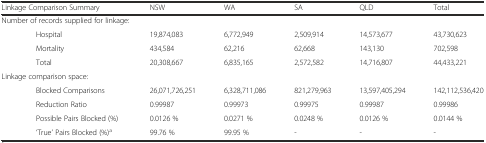
<table><thead><tr><td colspan="2"><b>Linkage Comparison Summary</b></td><td><b>NSW</b></td><td><b>WA</b></td><td><b>SA</b></td><td><b>QLD</b></td><td><b>Total</b></td></tr></thead><tbody><tr><td colspan="3">Number of records supplied for linkage:</td><td></td><td></td><td></td><td></td></tr><tr><td></td><td>Hospital</td><td>19,874,083</td><td>6,772,949</td><td>2,509,914</td><td>14,573,677</td><td>43,730,623</td></tr><tr><td></td><td>Mortality</td><td>434,584</td><td>62,216</td><td>62,668</td><td>143,130</td><td>702,598</td></tr><tr><td></td><td>Total</td><td>20,308,667</td><td>6,835,165</td><td>2,572,582</td><td>14,716,807</td><td>44,433,221</td></tr><tr><td colspan="2">Linkage comparison space:</td><td></td><td></td><td></td><td></td><td></td></tr><tr><td></td><td>Blocked Comparisons</td><td>26,071,726,251</td><td>6,328,711,086</td><td>821,279,963</td><td>13,597,405,294</td><td>142,112,536,420</td></tr><tr><td></td><td>Reduction Ratio</td><td>0.99987</td><td>0.99973</td><td>0.99975</td><td>0.99987</td><td>0.99986</td></tr><tr><td></td><td>Possible Pairs Blocked (%)</td><td>0.0126 %</td><td>0.0271 %</td><td>0.0248 %</td><td>0.0126 %</td><td>0.0144 %</td></tr><tr><td></td><td>‘True’ Pairs Blocked (%)<sup>a</sup></td><td>99.76 %</td><td>99.95 %</td><td>-</td><td>-</td><td>-</td></tr></tbody></table>